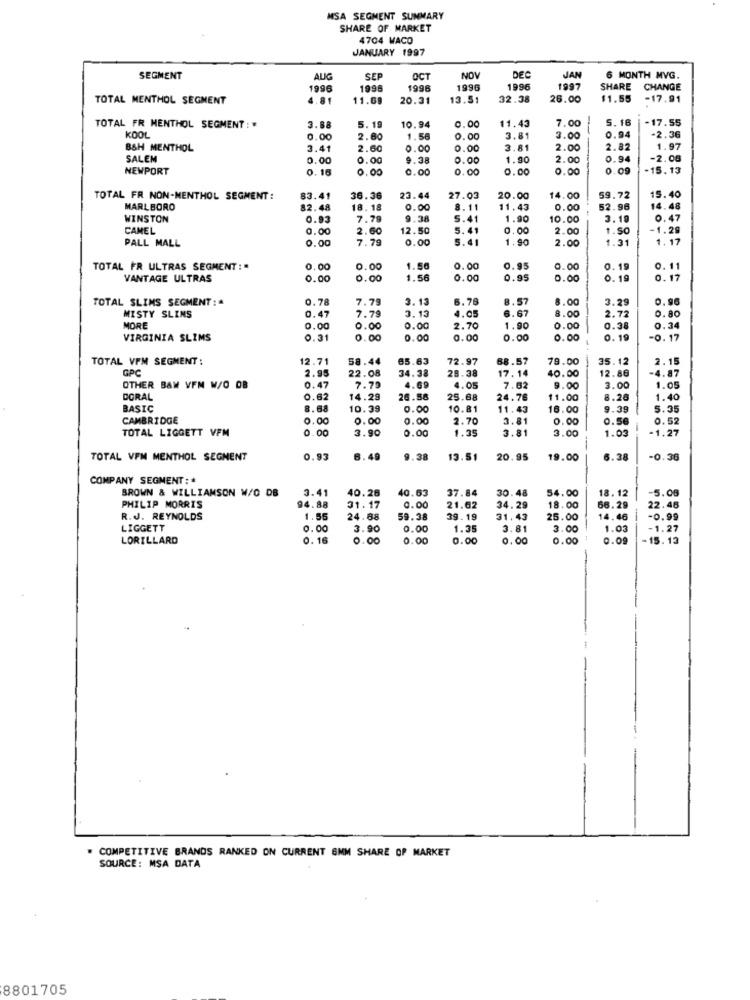
MSA SEGMENT SUMMARY
SHARE OF MARKET
4704 WACO
JANUARY 1997
SEGMENT
AUG
SEP
OCT
NOV
DEC
JAN
6 MONTH MVG.
1996
199
1996
1996
1996
1997
SHARE
CHANGE
TOTAL MENTHOL SEGMENT
4.81
11.69
20.31
13.51
32.38
26.00
$1.55
-17.91
10.94
C
11.43
5.16
-17.55
TOTAL FR MENTHOL SEGMENT : #
3.88
5. 19
7.00
-2,36
KOOL
0.00
2.60
1.56
0.00
3.81
3.00
0.94
B&H MENTHOL
3.41
2.60
0.00
0.00
3.81
2.00
2.82
1.97
SALEM
0.00
0.00
9.38
0.00
1.90
2.00
0.94
-2.06
NEWPORT
0.16
0.00
0.00
0.00
0.00
0.00
0.09
-15. 13
TOTAL FR NON-MENTHOL SEGMENT :
83.41
36.36
23.44
27.03
20.00
14.00
59.72
15.40
MARLBORO
82.48
18.18
0.00
8.11
11,43
0.00
52.96
14.48
WINSTON
0.93
7.79
9.38
5.41
1.90
10.00
3.19
0.47
CAMEL
0.00
2.60
12.50
5.41
0.00
2.00
1.SO
-1.29
PALL MALL
0.00
7.79
0.00
1.90
2.00
1.31
1.17
TOTAL FR ULTRAS SEGMENT :
.00
0.00
1.56
0.00
0.95
0.00
0.1
0.11
VANTAGE ULTRAS
0.00
0.00
1.56
0.00
0.95
0.00
0.19
0.1
TOTAL SLIMS SEGMENT :
0.78
7.79
3.13
6.78
8.57
8.00
3.29
0.96
0.47
7.79
3.13
4.05
6.67
8.00
2.72
MISTY SLINS
0.80
MORE
0.00
0.00
0.00
2.70
1.90
0.00
0.38
0.34
VIRGINIA SLIMS
0.31
0.00
0.00
0.00
0.00
0. 19
-0. 17
TOTAL VPM SEGMENT :
12.71
58.44
65.63
72.97
68.57
79.00
35.12
2.1
GPC
17.14
2.95
22.08
34.38
28.38
40.00
12.86
-4.87
OTHER BAN VFM W/O OB
0.47
7.79
4.69
4.
7.62
9.00
3.00
1.05
DORAL
0.62
14.29
26.88
25.68
24.76
11.00
8.26
1.40
BASIC
8.68
10.39
0.00
10.81
11.43
18.00
9.39
5.35
CAMBRIDGE
0.00
0.00
0.00
2.70
3.81
0.00
0.56
0.52
TOTAL LIGGETT VFM
0.00
0.00
1.35
3.81
3.00
1.03
-1.27
3.90
TOTAL VFM MENTHOL SEGMENT
0.93
6.49
9.38
13.51
20.95
19.00
6.38
-0.36
COMPANY SEGMENT: *
BROWN & WILLIAMSON W/C DB
3.41
40.26
40.63
37.84
30.48
54.00
18.12
-5.08
PHILIP MORRIS
94.88
31.17
0.00
21.62
34.29
18.00
66.29
22.46
R.J. REYNOLDS
1.55
24.88
59.38
39.19
31,43
25.00
14.46
-0.99
LIGGETT
0.00
3.90
0.00
1.35
3.81
3.00
1.03
-1.27
LORILLARD
0.16
0.00
0.00
0.00
0.00
0.00
0.09
-15.13
# COMPETITIVE BRANDS RANKED ON CURRENT 6MM SHARE OF MARKET
SOURCE: MSA DATA
8801705